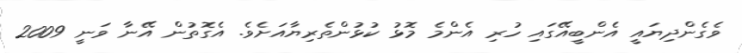
ވެގެންދިޔައީ އެންބީއޭގައި ހުރި އެންމެ މޮޅު ކުޅުންތެރިޔާއަށެވެ. އެގޮތުން އޭނާ ވަނީ 2009